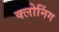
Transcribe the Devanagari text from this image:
क्‍लोनिंग